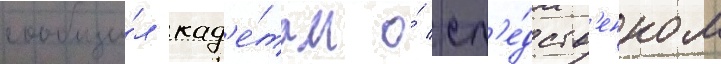
сообщи́л кад'е́там о́ сл'е́дств'енном